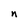
Character: n